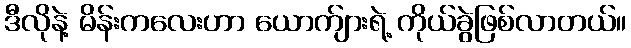
ဒီလိုနဲ့ မိန်းကလေးဟာ ယောက်ျားရဲ့ ကိုယ်ခွဲဖြစ်လာတယ်။